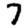
Digit: 7